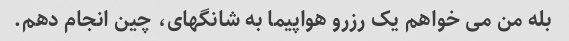
بله من می خواهم یک رزرو هواپیما به شانگهای، چین انجام دهم.